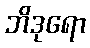
ဘိဒုရော